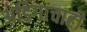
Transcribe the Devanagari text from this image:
अडिगांचाही